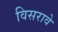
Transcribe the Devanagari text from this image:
विसरावे